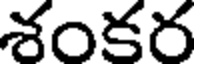
శంకర